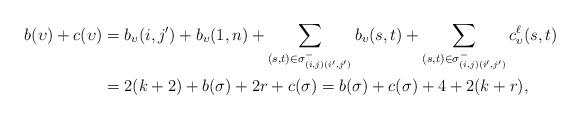
LaTeX: \begin{align*}b(\upsilon)+c(\upsilon)&=b_\upsilon(i,j')+b_\upsilon(1,n)+\sum\limits_{(s,t)\in\sigma^-_{(i,j)(i',j')}}b_\upsilon(s,t)+\sum\limits_{(s,t)\in\sigma^-_{(i,j)(i',j')}}c_\upsilon^\ell(s,t)\\&=2(k+2)+b(\sigma)+2r+c(\sigma)=b(\sigma)+c(\sigma)+4+2(k+r),\end{align*}